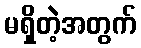
မရှိတဲ့အတွက်